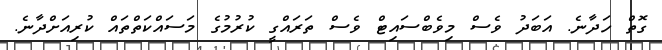
ގޮތް ހަދާނެ. އަބަދު ވެސް މިވެބްސައިޓް ވެސް ތަރައްގީ ކުރުމުގެ މަސައްކަތްތައް ކުރިއަށްދާނެ.